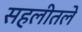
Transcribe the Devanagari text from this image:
सहलीतले